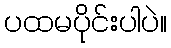
ပထမပိုင်းပါပဲ။